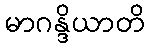
မာဂန္ဒိယာတိ